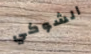
الشوكي